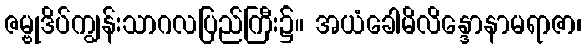
ဇမ္ဗုဒိပ်ကျွန်းသာဂလပြည်ကြီး၌။ အယံခေါမိလိန္ဒောနာမရာဇာ၊